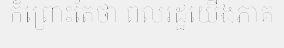
ក៏ព្រោះតែថា ពលរដ្ឋយើងភាគ